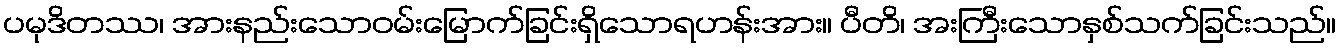
ပမုဒိတဿ၊ အားနည်းသောဝမ်းမြောက်ခြင်းရှိသောရဟန်းအား။ ပီတိ၊ အးကြီးသောနှစ်သက်ခြင်းသည်။